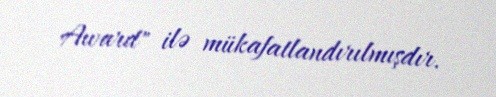
Award" ilə mükafatlandırılmışdır.